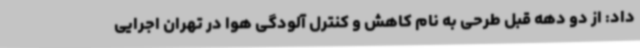
داد: از دو دهه قبل طرحی به نام کاهش و کنترل آلودگی هوا در تهران اجرایی